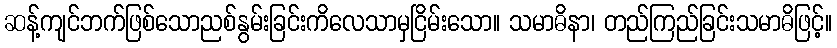
ဆန့်ကျင်ဘက်ဖြစ်သောညစ်နွမ်းခြင်းကိလေသာမှငြိမ်းသော။ သမာဓိနာ၊ တည်ကြည်ခြင်းသမာဓိဖြင့်။